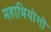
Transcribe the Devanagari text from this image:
महाभियोगों